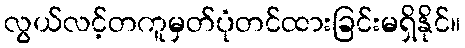
လွယ်လင့်တကူမှတ်ပုံတင်ထားခြင်းမရှိနိုင်။